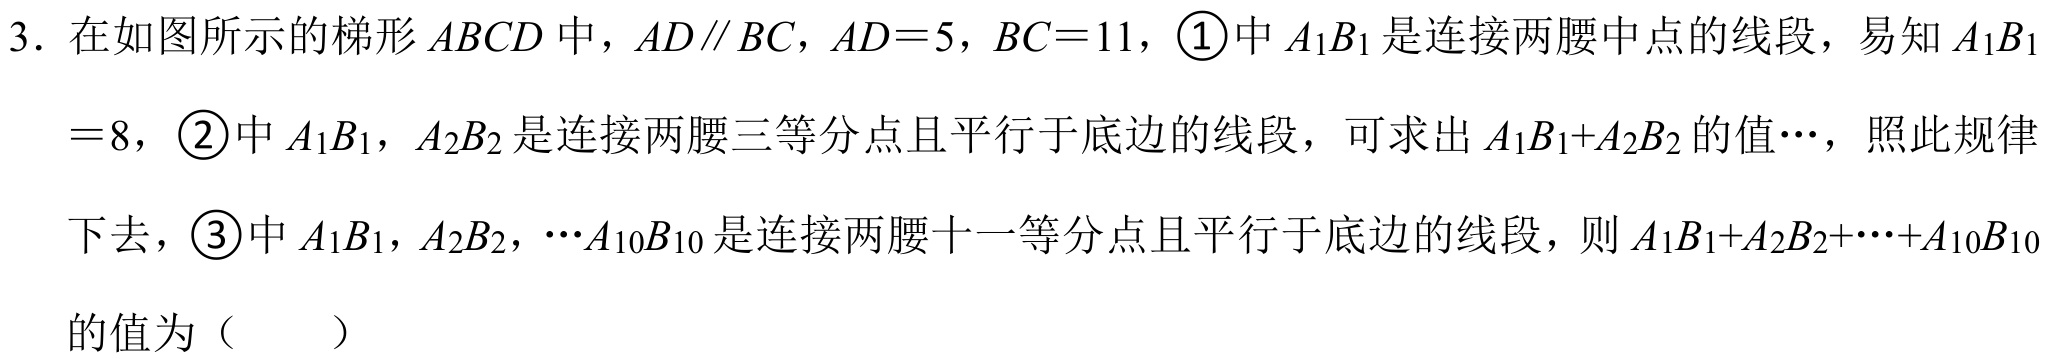
3. 在如图所示的梯形\(ABCD\)中，\(AD\parallel BC\)，\(AD = 5\)，\(BC = 11\)，\(\textcircled{1}\)中\(A_{1}B_{1}\)是连接两腰中点的线段，易知\(A_{1}B_{1}=8\)，\(\textcircled{2}\)中\(A_{1}B_{1}\)，\(A_{2}B_{2}\)是连接两腰三等分点且平行于底边的线段，可求出\(A_{1}B_{1}+A_{2}B_{2}\)的值\(\cdots\)，照此规律下去，\(\textcircled{3}\)中\(A_{1}B_{1}\)，\(A_{2}B_{2}\)，\(\cdots A_{10}B_{10}\)是连接两腰十一等分点且平行于底边的线段，则\(A_{1}B_{1}+A_{2}B_{2}+\cdots+A_{10}B_{10}\)的值为（  ）